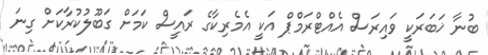
ބުނާ ޚަބަރަކީ ވައިރަސް އެއްޓްރަމްޕް އަކީ އެމެރިކާގެ ރައީސް ކަަމަށް ގަބޫލުކުރާކަށް ގިނަ